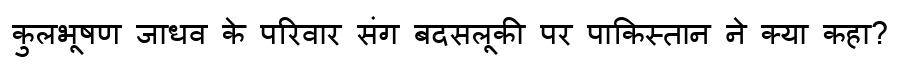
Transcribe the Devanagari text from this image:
कुलभूषण जाधव के परिवार संग बदसलूकी पर पाकिस्तान ने क्या कहा?